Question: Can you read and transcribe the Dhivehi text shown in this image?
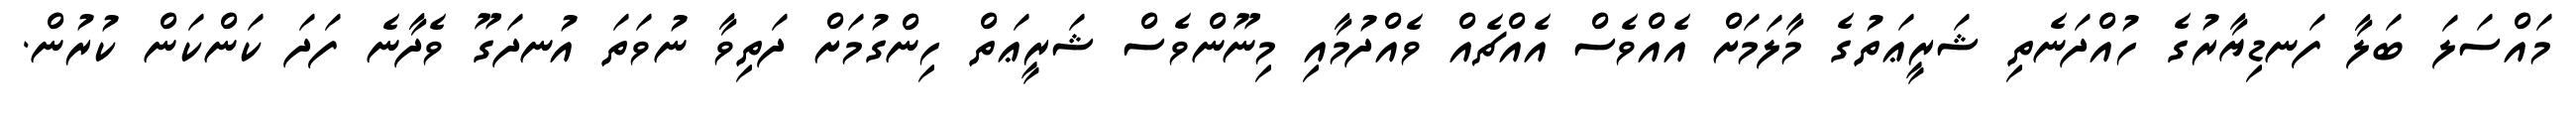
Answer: މައްސަލަ ބަލާ ފަނޑިޔާރުގެ ހުއްދަނެތި ޝަރީޢަތުގެ މާލަމަށް އެއްވެސް އެއްޗެއް ވެއްދުމާއި މިނޫންވެސް ޝަރީޢަތް ހިންގުމަށް ދަތިވާ ނުވަތަ އުނދަގޫ ވެދާނެ ފަދަ ކަންކަން ކުރުން.